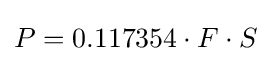
P=0.117354\cdot F\cdot S